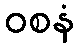
ဝစနံ